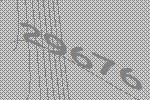
29676